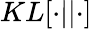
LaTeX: KL[\cdot||\cdot]